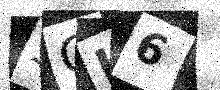
Text: SQL6